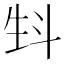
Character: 𤯘